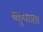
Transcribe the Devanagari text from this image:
बहुपाशा